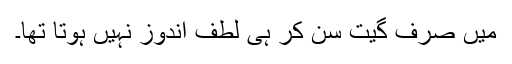
میں صرف گیت سن کر ہی لطف اندوز نہیں ہوتا تھا۔